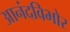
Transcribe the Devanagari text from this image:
आनंदविभोर